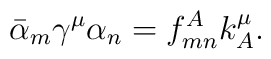
\bar{\alpha}_m\gamma^{\mu}\alpha_n=f^A_{mn}k^{\mu}_A.